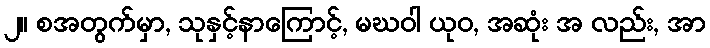
၂။ စအတွက်မှာ, သုနှင့်နာကြောင့်, မဃဝါ ယုဝ, အဆုံး အ လည်း, အာ